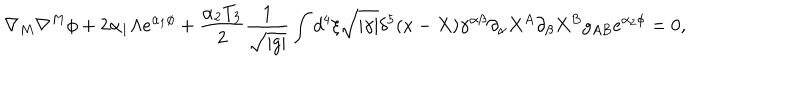
\nabla _ { M } \nabla ^ { M } \phi + 2 \alpha _ { 1 } \Lambda e ^ { \alpha _ { 1 } \phi } + \frac { \alpha _ { 2 } T _ { 3 } } { 2 } \frac { 1 } { \sqrt { | g | } } \int d ^ { 4 } \xi \sqrt { | \gamma | } \delta ^ { 5 } ( x - X ) \gamma ^ { \alpha \beta } \partial _ { \alpha } X ^ { A } \partial _ { \beta } X ^ { B } g _ { A B } e ^ { \alpha _ { 2 } \phi } = 0 ,